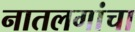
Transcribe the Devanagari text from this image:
नातलगांचा